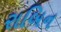
રાબિન